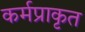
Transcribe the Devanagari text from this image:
कर्मप्राकृत